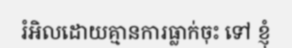
រំអិលដោយគ្មានការធ្លាក់ចុះ ទៅ ខ្ញុំ